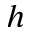
h